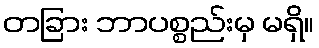
တခြား ဘာပစ္စည်းမှ မရှိ။